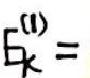
$E_{k}^{(1)}=$